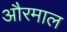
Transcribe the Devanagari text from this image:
औरमाल